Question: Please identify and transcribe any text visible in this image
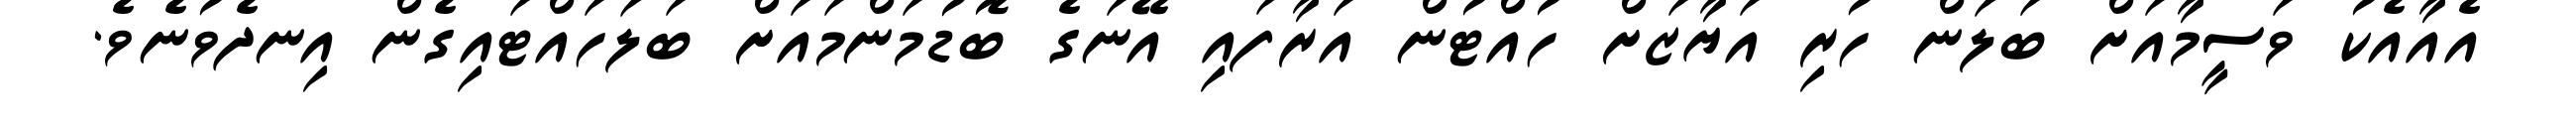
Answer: އެއާއެކު ވަސީމާއަށް ބަލަން ހުރި އަޔާޒަށް ހުއްޓުން އަރާފައި އޭނަގެ ބޮޑުމަންމައަށް ބަލަހައްޓައިގެން އިނދެވުނެވެ.